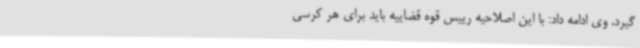
گیرد. وی ادامه داد: با این اصلاحیه رییس قوه قضاییه باید برای هر کرسی